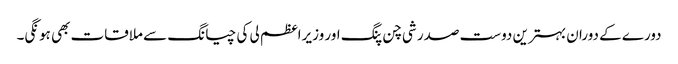
دورے کے دوران بہترین دوست صدر شی چن پنگ اور وزیراعظم لی کی چیانگ سے ملاقات بھی ہونگی۔